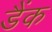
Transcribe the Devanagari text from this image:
डैंक